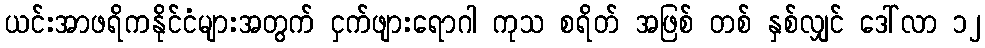
ယင်းအာဖရိကနိုင်ငံများအတွက် ငှက်ဖျားရောဂါ ကုသ စရိတ် အဖြစ် တစ် နှစ်လျှင် ဒေါ်လာ ၁၂